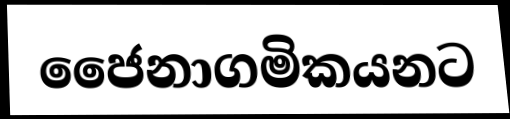
ජෛනාගමිකයනට